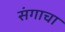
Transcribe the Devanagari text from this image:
संगाचा